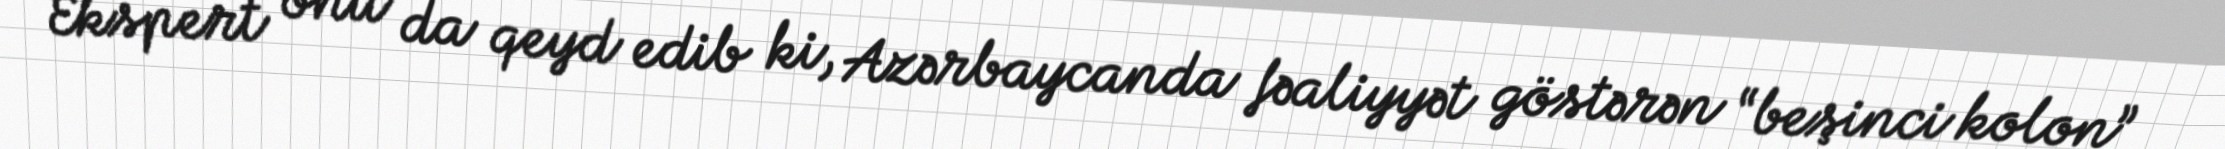
Ekspert onu da qeyd edib ki, Azərbaycanda fəaliyyət göstərən “beşinci kolon”